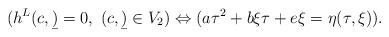
LaTeX: \begin{align*} (h^L(c,\b)=0,\ (c,\b)\in V_2)\Leftrightarrow (a\tau^2+b\xi\tau+e\xi=\eta(\tau,\xi)).\end{align*}